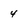
Character: 4